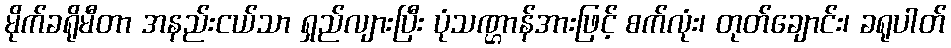
မိုက်ခရိုမီတာ အနည်းငယ်သာ ရှည်လျားပြီး ပုံသဏ္ဌာန်အားဖြင့် စက်လုံး၊ တုတ်ချောင်း၊ ခရုပါတ်